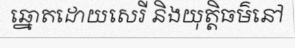
ឆ្នោតដោយសេរី និងយុត្តិធម៌នៅ